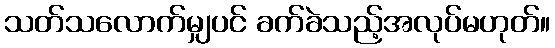
သတ်သလောက်မျှပင် ခက်ခဲသည့်အလုပ်မဟုတ်။